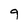
Character: 9